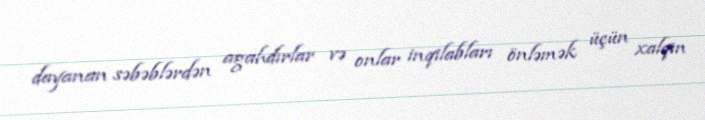
dayanan səbəblərdən agahdırlar və onlar inqilabları önləmək üçün xalqın